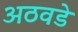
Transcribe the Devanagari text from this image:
अठवडे